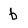
Character: b